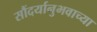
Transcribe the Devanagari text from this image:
सौंदर्यानुभवाच्या